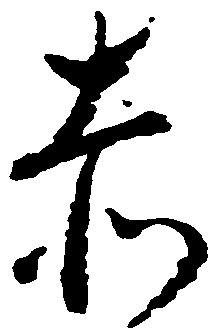
赤